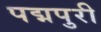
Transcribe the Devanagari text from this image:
पद्मपुरी